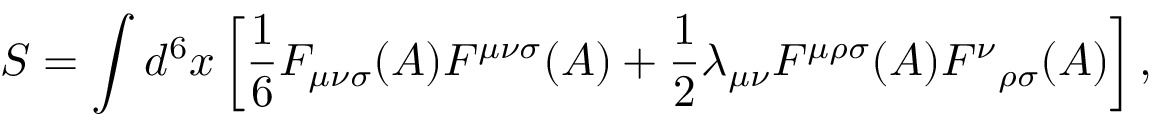
S = \int d ^ { 6 } x \left[ { \frac 1 6 } F _ { { \mu } { \nu } { \sigma } } ( A ) F ^ { { \mu } { \nu } { \sigma } } ( A ) + { \frac 1 2 } { \lambda } _ { { \mu } { \nu } } { \cal F } ^ { { \mu } { \rho } { \sigma } } ( A ) { { \cal F } ^ { \nu } } _ { { \rho } { \sigma } } ( A ) \right] ,